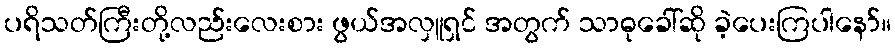
ပရိသတ်ကြီးတို့လည်းလေးစား ဖွယ်အလှူရှင် အတွက် သာဓုခေါ်ဆို ခဲ့ပေးကြပါနော်။